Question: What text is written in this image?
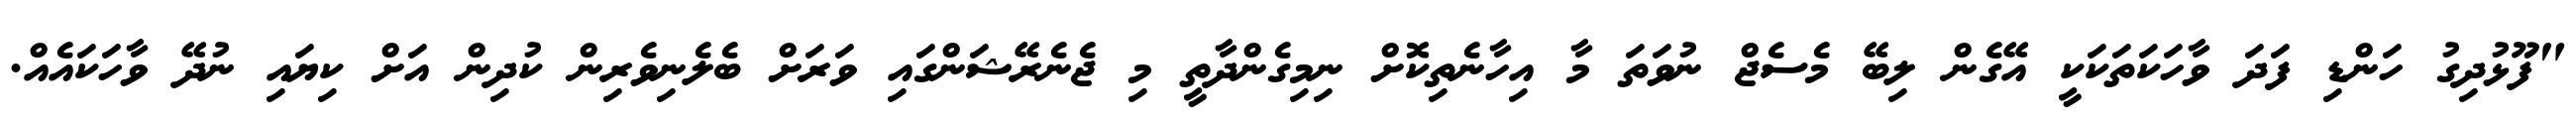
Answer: "ފޫޅުދިގު ހަންޑި ފަދަ ވާހަކަތަކަކީ އޭގެން ލިބޭ މެސެޖް ނުވަތަ މާ އިހާނެތިކޮށް ނިމިގެންދާތީ މި ޖެނެރޭޝަންގައި ވަރަށް ބެލެނިވެރިން ކުދިން އަށް ކިޔައި ނުދޭ ވާހަކައެއް.